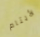
الأيتام